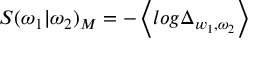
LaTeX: S ( \omega _ { 1 } | \omega _ { 2 } ) _ { M } = - \left\langle l o g \Delta _ { w _ { 1 } , \omega _ { 2 } } \right\rangle